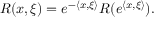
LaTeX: R ( x , \xi ) = e ^ { - { \langle x , \xi \rangle } } R ( e ^ { \langle x , \xi \rangle } ) .